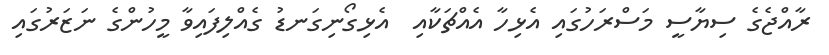
ރާއްޖެގެ ސިޔާސީ މަސްރަހުގައި އެޅިހާ އެއްޗަކާއި  އެޅިގޯނިގަނޑު ގެއްލިފައިވާ މީހުންގެ ނަޒަރުގައި